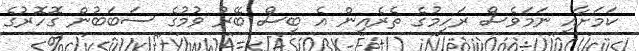
ކަމަށާއި ނަމަވެސް ރަހިމުގެ ތެރެއިން އެ ބިސް ބޭރު ވުމުގެ ސަބަބުން ގޮހޮރުގެ